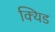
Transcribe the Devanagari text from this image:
क्यिड